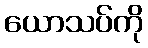
ယောသပ်ကို